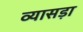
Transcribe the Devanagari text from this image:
व्यासड़ा